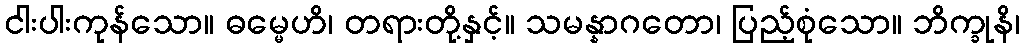
ငါးပါးကုန်သော။ ဓမ္မေဟိ၊ တရားတို့နှင့်။ သမန္နာဂတော၊ ပြည့်စုံသော။ ဘိက္ခုနိ၊